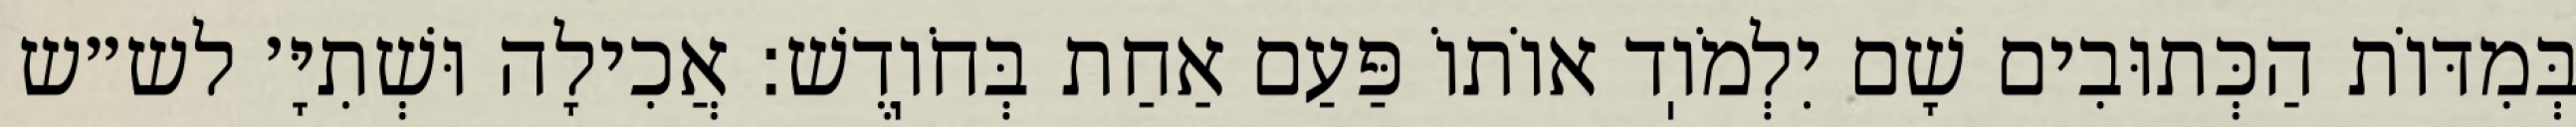
בְּמִדּוֹת הַכְּתוּבִים שָׁם יִלְמֹוֽד אוֹתוֹ פַּעַם אַחַת בְּחֹוֽדֶשׁ: אֲכִילָה וּשְׁתִיָּ׳ לש״ש